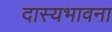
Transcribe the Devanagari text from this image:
दास्यभावना